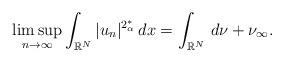
LaTeX: \begin{align*}\limsup_{n\rightarrow\infty}\int_{\mathbb{R}^{N}}|u_{n}|^{2_{\alpha}^{*}}\,dx=\int_{\mathbb{R}^{N}}\,d\nu+\nu_{\infty}.\end{align*}